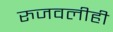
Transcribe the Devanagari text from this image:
रुजवलीही